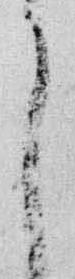
了